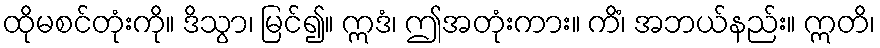
ထိုမစင်တုံးကို။ ဒိသွာ၊ မြင်၍။ ဣဒံ၊ ဤအတုံးကား။ ကိံ၊ အဘယ်နည်း။ ဣတိ၊